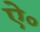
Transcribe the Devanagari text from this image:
ऐ॰